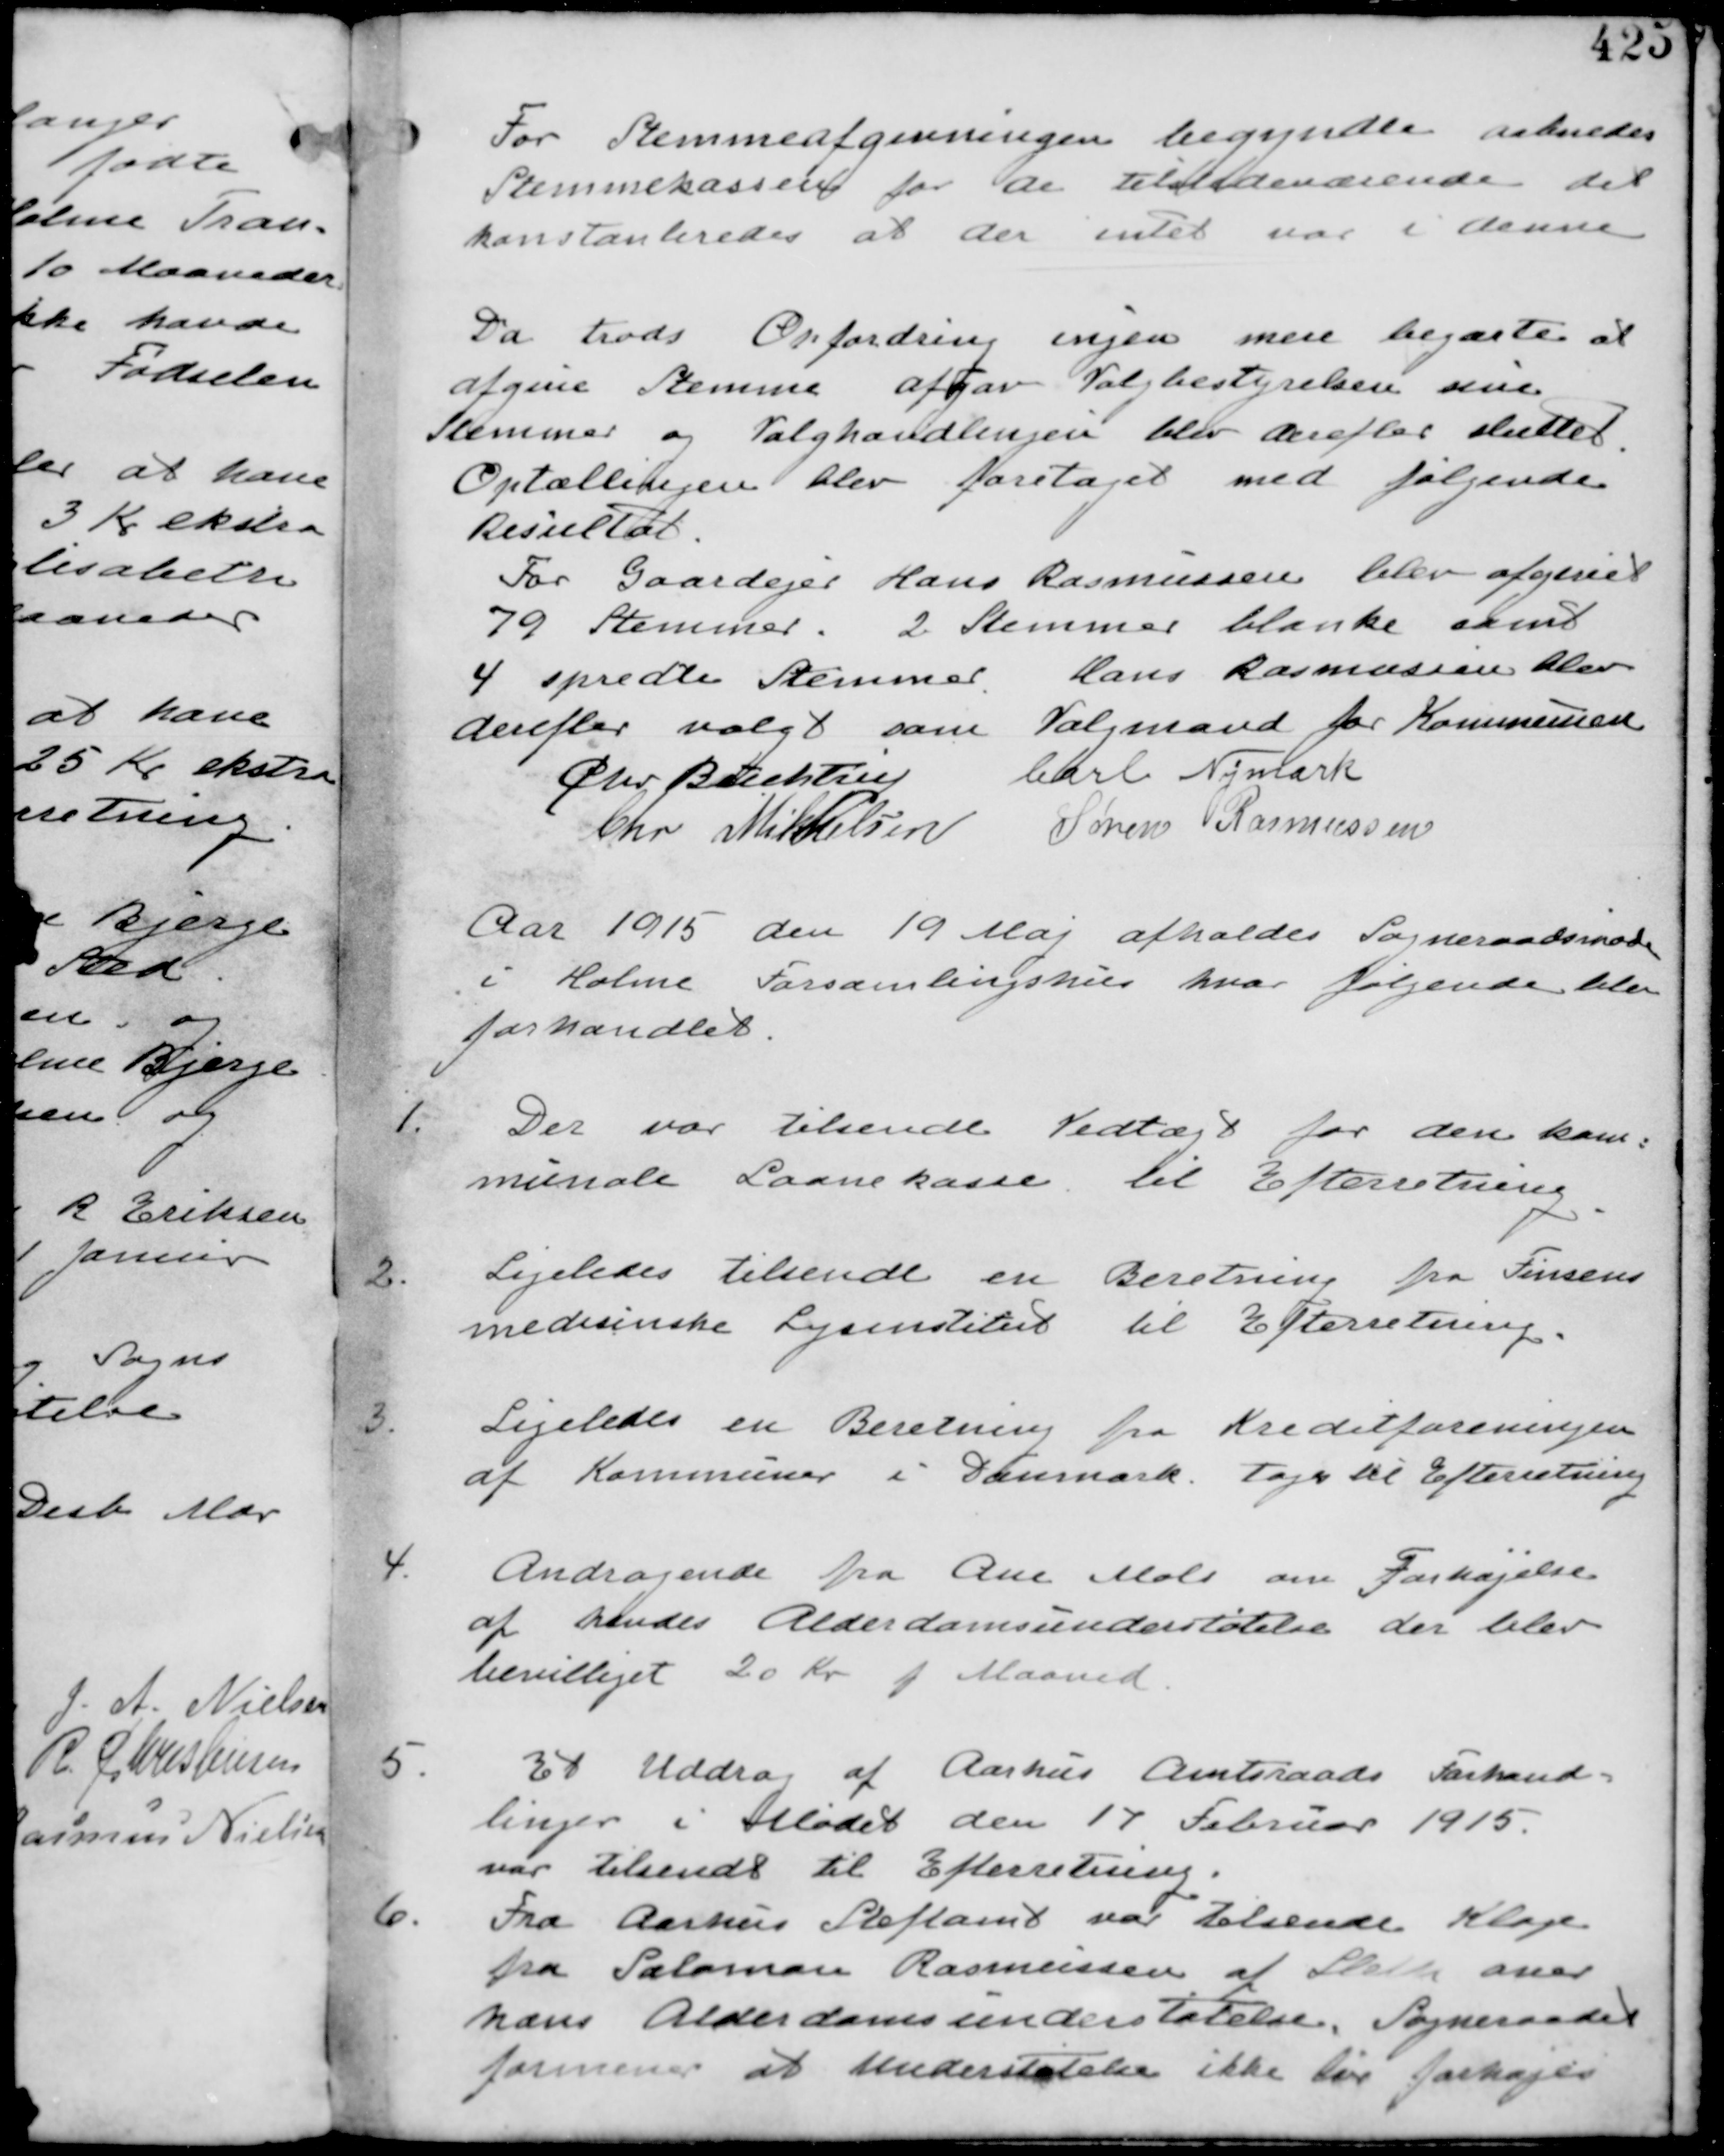
Transskription:
For Stemmeafgivningen begyndtes aabnedes
Stemmekassen for de tilstedeværende det
konstateredes at der intet var i denne

Da trods Opfordring ingen mere begærtes at
afgive stemme afgav Valgbestyrelsen sine
Stemmer og Valghandlingen blev derefter sluttet.
Optællingen blev foretaget med følgende
Resultat.
For Gaardejer Hans Rasmussen blev afgivet
79 Stemmer. 2 Stemmer blanke samt
4 spredte Stemmer Hans Rasmussen blev
derefter valgt som Valgmand for Kommunen

Chr Buchtrup Carl Nymark
Chr Mikkelsen Søren Rasmussen

Aar 1915 den 19 Maj afholdes Sogneraadsmøde
i Holme Forsamlingshus hvor følgende blev
forhandlet.

1.
Der var tilsendt Vedtægt for den kom-
munale Laanekasse til Efterretning

2.
Ligeledes tilsendt en Beretning fra Finsens
medisinske Lysinstitut til Efterretning

3.
Ligeledes en Beretning fra Kreditforeningen
af Kommuner i Danmark. tages til Efterretning

4.
Andragende fra Ane Mols om Forhøjelse
af hendes Alderdomsunderstøttelse der blev
bevilliget 20 Kr p Maaned.

5.
Et Uddrag af Aarhus Amtsraads Forhand-
linger i Mødet den 17 Februar 1915.
var tilsendt til Efterretning.

6.
Fra Aarhus Stiftamt var tilsendt Klage
fra Salomon Rasmussen af Sleth over
hans Alderdomsunderstøttelse. Sogneraadet
formener at Understøttelsen ikke bør forhøjes.